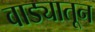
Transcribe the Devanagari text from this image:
वाड्यातून